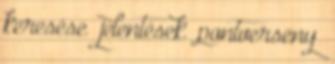
keresése jelentések pontverseny